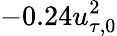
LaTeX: -0.24u_{\tau,0}^{2}